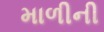
માળીની